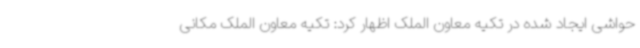
حواشی ایجاد شده در تکیه معاون الملک اظهار کرد: تکیه معاون الملک مکانی